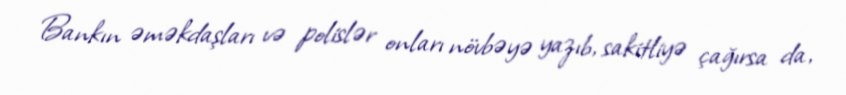
Bankın əməkdaşları və polislər onları növbəyə yazıb, sakitliyə çağırsa da,